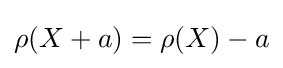
\rho (X+a)=\rho (X)-a